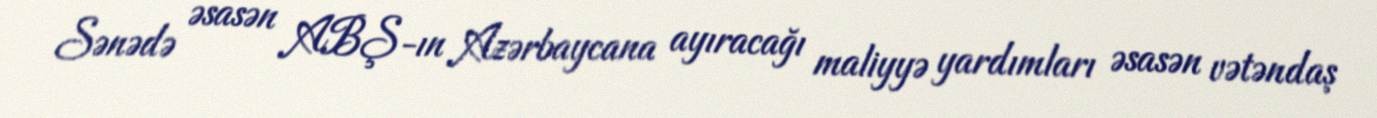
Sənədə əsasən ABŞ-ın Azərbaycana ayıracağı maliyyə yardımları əsasən vətəndaş